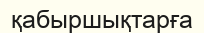
қабыршықтарға